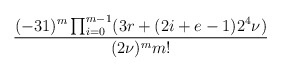
\begin{align*}\frac{(-31)^m\prod_{i = 0}^{m-1}(3r+(2i+e-1)2^4\nu)}{(2\nu)^mm!}\end{align*}